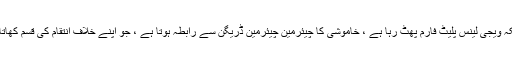
چونکہ ویجی لینس پلیٹ فارم پھٹ رہا ہے ، خاموشی کا چیئرمین چیئرمین ڈریگن سے رابطہ ہوتا ہے ، جو اپنے خلاف انتقام کی قسم کھاتا ہے۔